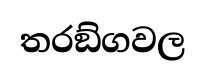
තරඞ්ගවල